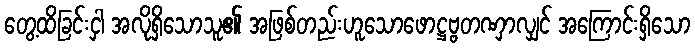
တွေ့ထိခြင်းငှါ အလိုရှိသောသူ၏ အဖြစ်တည်းဟူသောဖောဋ္ဌဗ္ဗတဏှာလျှင် အကြောင်းရှိသော